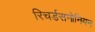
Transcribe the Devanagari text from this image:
रिचर्डसनोनियन